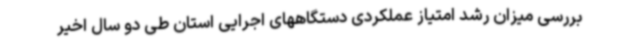
بررسی میزان رشد امتیاز عملکردی دستگاههای اجرایی استان طی دو سال اخیر